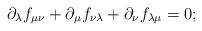
LaTeX: \begin{align*}{\partial_\lambda} f_{\mu\nu} + {\partial_\mu} f_{\nu\lambda}+ {\partial_\nu} f_{\lambda\mu} = 0;\end{align*}